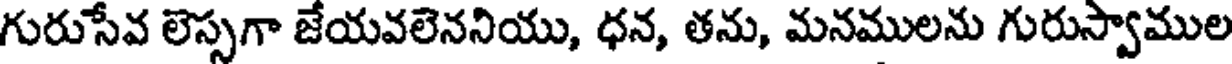
గురుసేవ లెస్సగా జేయవలెననియు, ధన, తను, మనములను గురుస్వాముల